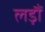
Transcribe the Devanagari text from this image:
लड़ौं